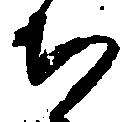
ち